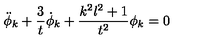
\ddot { \phi } _ { k } + \frac { 3 } { t } \dot { \phi } _ { k } + \frac { k ^ { 2 } l ^ { 2 } + 1 } { t ^ { 2 } } \phi _ { k } = 0